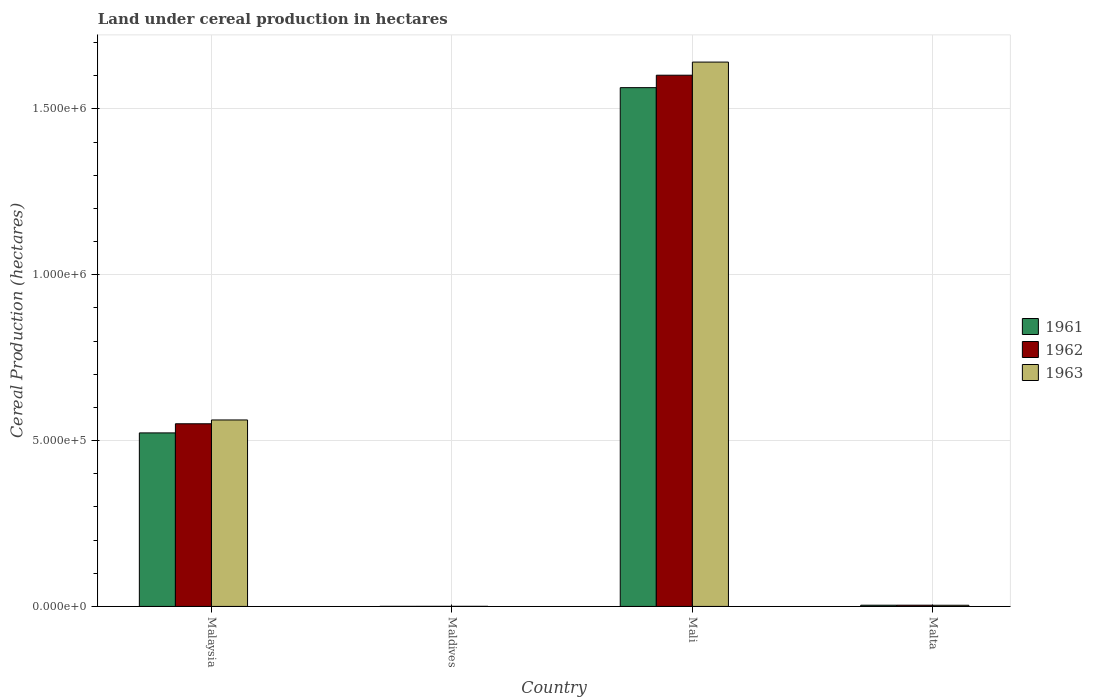
| Country | 1961 | 1962 | 1963 |
 | --- | --- | --- | --- |
 | Malaysia | 5.23e+05 | 5.51e+05 | 5.62e+05 |
 | Maldives | 179 | 240 | 292 |
 | Mali | 1.56e+06 | 1.6e+06 | 1.64e+06 |
 | Malta | 3.65e+03 | 3.7e+03 | 3.51e+03 |